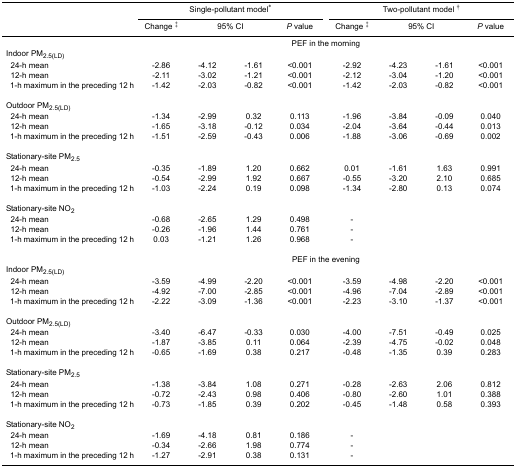
<table><thead><tr><td rowspan="3"></td><td colspan="4"><b>Single-pollutant model<sup>*</sup></b></td><td colspan="4"><b>Two-pollutant model<sup>†</sup></b></td></tr><tr><td><b>Change <sup>‡</sup></b></td><td colspan="2"><b>95% CI</b></td><td><b><i>P</i> value</b></td><td><b>Change <sup>‡</sup></b></td><td colspan="2"><b>95% CI</b></td><td><b><i>P</i> value</b></td></tr></thead><tbody><tr><td></td><td colspan="8">PEF in the morning</td></tr><tr><td>Indoor PM<sub>2.5(LD)</sub></td><td colspan="8"></td></tr><tr><td> 24-h mean</td><td>-2.86</td><td>-4.12</td><td>-1.61</td><td>&lt;0.001</td><td>-2.92</td><td>-4.23</td><td>-1.61</td><td>&lt;0.001</td></tr><tr><td> 12-h mean</td><td>-2.11</td><td>-3.02</td><td>-1.21</td><td>&lt;0.001</td><td>-2.12</td><td>-3.04</td><td>-1.20</td><td>&lt;0.001</td></tr><tr><td> 1-h maximum in the preceding 12 h</td><td>-1.42</td><td>-2.03</td><td>-0.82</td><td>&lt;0.001</td><td>-1.42</td><td>-2.03</td><td>-0.82</td><td>&lt;0.001</td></tr><tr><td colspan="9">Outdoor PM<sub>2.5(LD)</sub></td></tr><tr><td> 24-h mean</td><td>-1.34</td><td>-2.99</td><td>0.32</td><td>0.113</td><td>-1.96</td><td>-3.84</td><td>-0.09</td><td>0.040</td></tr><tr><td> 12-h mean</td><td>-1.65</td><td>-3.18</td><td>-0.12</td><td>0.034</td><td>-2.04</td><td>-3.64</td><td>-0.44</td><td>0.013</td></tr><tr><td> 1-h maximum in the preceding 12 h</td><td>-1.51</td><td>-2.59</td><td>-0.43</td><td>0.006</td><td>-1.88</td><td>-3.06</td><td>-0.69</td><td>0.002</td></tr><tr><td colspan="9">Stationary-site PM<sub>2.5</sub></td></tr><tr><td> 24-h mean</td><td>-0.35</td><td>-1.89</td><td>1.20</td><td>0.662</td><td>0.01</td><td>-1.61</td><td>1.63</td><td>0.991</td></tr><tr><td> 12-h mean</td><td>-0.54</td><td>-2.99</td><td>1.92</td><td>0.667</td><td>-0.55</td><td>-3.20</td><td>2.10</td><td>0.685</td></tr><tr><td> 1-h maximum in the preceding 12 h</td><td>-1.03</td><td>-2.24</td><td>0.19</td><td>0.098</td><td>-1.34</td><td>-2.80</td><td>0.13</td><td>0.074</td></tr><tr><td colspan="9">Stationary-site NO<sub>2</sub></td></tr><tr><td> 24-h mean</td><td>-0.68</td><td>-2.65</td><td>1.29</td><td>0.498</td><td>-</td><td></td><td></td><td></td></tr><tr><td> 12-h mean</td><td>-0.26</td><td>-1.96</td><td>1.44</td><td>0.761</td><td>-</td><td></td><td></td><td></td></tr><tr><td> 1-h maximum in the preceding 12 h</td><td>0.03</td><td>-1.21</td><td>1.26</td><td>0.968</td><td>-</td><td></td><td></td><td></td></tr><tr><td></td><td colspan="8">PEF in the evening</td></tr><tr><td colspan="9">Indoor PM<sub>2.5(LD)</sub></td></tr><tr><td> 24-h mean</td><td>-3.59</td><td>-4.99</td><td>-2.20</td><td>&lt;0.001</td><td>-3.59</td><td>-4.98</td><td>-2.20</td><td>&lt;0.001</td></tr><tr><td> 12-h mean</td><td>-4.92</td><td>-7.00</td><td>-2.85</td><td>&lt;0.001</td><td>-4.96</td><td>-7.04</td><td>-2.89</td><td>&lt;0.001</td></tr><tr><td> 1-h maximum in the preceding 12 h</td><td>-2.22</td><td>-3.09</td><td>-1.36</td><td>&lt;0.001</td><td>-2.23</td><td>-3.10</td><td>-1.37</td><td>&lt;0.001</td></tr><tr><td colspan="9">Outdoor PM<sub>2.5(LD)</sub></td></tr><tr><td> 24-h mean</td><td>-3.40</td><td>-6.47</td><td>-0.33</td><td>0.030</td><td>-4.00</td><td>-7.51</td><td>-0.49</td><td>0.025</td></tr><tr><td> 12-h mean</td><td>-1.87</td><td>-3.85</td><td>0.11</td><td>0.064</td><td>-2.39</td><td>-4.75</td><td>-0.02</td><td>0.048</td></tr><tr><td> 1-h maximum in the preceding 12 h</td><td>-0.65</td><td>-1.69</td><td>0.38</td><td>0.217</td><td>-0.48</td><td>-1.35</td><td>0.39</td><td>0.283</td></tr><tr><td colspan="9">Stationary-site PM<sub>2.5</sub></td></tr><tr><td> 24-h mean</td><td>-1.38</td><td>-3.84</td><td>1.08</td><td>0.271</td><td>-0.28</td><td>-2.63</td><td>2.06</td><td>0.812</td></tr><tr><td> 12-h mean</td><td>-0.72</td><td>-2.43</td><td>0.98</td><td>0.406</td><td>-0.80</td><td>-2.60</td><td>1.01</td><td>0.388</td></tr><tr><td> 1-h maximum in the preceding 12 h</td><td>-0.73</td><td>-1.85</td><td>0.39</td><td>0.202</td><td>-0.45</td><td>-1.48</td><td>0.58</td><td>0.393</td></tr><tr><td colspan="9">Stationary-site NO<sub>2</sub></td></tr><tr><td> 24-h mean</td><td>-1.69</td><td>-4.18</td><td>0.81</td><td>0.186</td><td>-</td><td></td><td></td><td></td></tr><tr><td> 12-h mean</td><td>-0.34</td><td>-2.66</td><td>1.98</td><td>0.774</td><td>-</td><td></td><td></td><td></td></tr><tr><td> 1-h maximum in the preceding 12 h</td><td>-1.27</td><td>-2.91</td><td>0.38</td><td>0.131</td><td>-</td><td></td><td></td><td></td></tr></tbody></table>